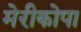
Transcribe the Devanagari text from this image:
मेरीकोपा